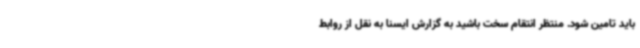
باید تامین شود. منتظر انتقام سخت باشید به گزارش ایسنا به نقل از روابط